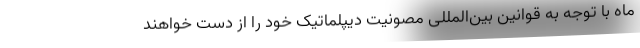
ماه با توجه به قوانین بین‌المللی مصونیت دیپلماتیک خود را از دست خواهند